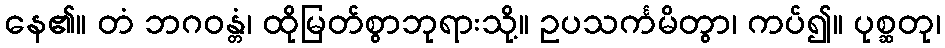
နေ၏။ တံ ဘဂဝန္တံ၊ ထိုမြတ်စွာဘုရားသို့။ ဥပသင်္ကမိတွာ၊ ကပ်၍။ ပုစ္ဆတု၊